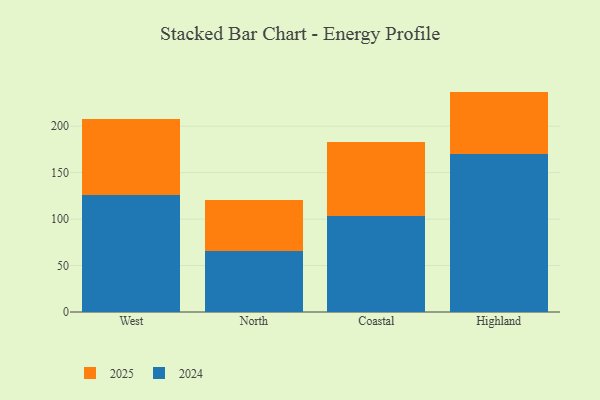
{"axis": {"x": "Region", "y": "Temperature (°C)"}, "legend": ["2024", "2025"], "data": [{"x": "West", "y": 125.5, "type": "2024"}, {"x": "West", "y": 82.3, "type": "2025"}, {"x": "North", "y": 66.1, "type": "2024"}, {"x": "North", "y": 54.7, "type": "2025"}, {"x": "Coastal", "y": 103.5, "type": "2024"}, {"x": "Coastal", "y": 79.3, "type": "2025"}, {"x": "Highland", "y": 169.8, "type": "2024"}, {"x": "Highland", "y": 67.4, "type": "2025"}]}